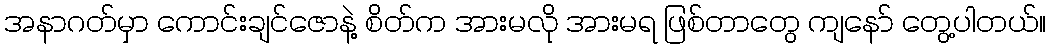
အနာဂတ်မှာ ကောင်းချင်ဇောနဲ့ စိတ်က အားမလို အားမရ ဖြစ်တာတွေ ကျနော် တွေ့ပါတယ်။